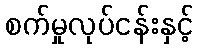
စက်မှုလုပ်ငန်းနှင့်